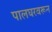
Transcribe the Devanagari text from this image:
पालघरवरून